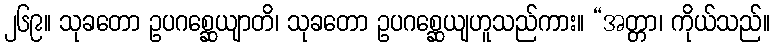
၂၆၉။ သုခတော ဥပဂစ္ဆေယျာတိ၊ သုခတော ဥပဂစ္ဆေယျဟူသည်ကား။ “အတ္တာ၊ ကိုယ်သည်။